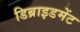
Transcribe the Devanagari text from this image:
डिब्राइडमेंट